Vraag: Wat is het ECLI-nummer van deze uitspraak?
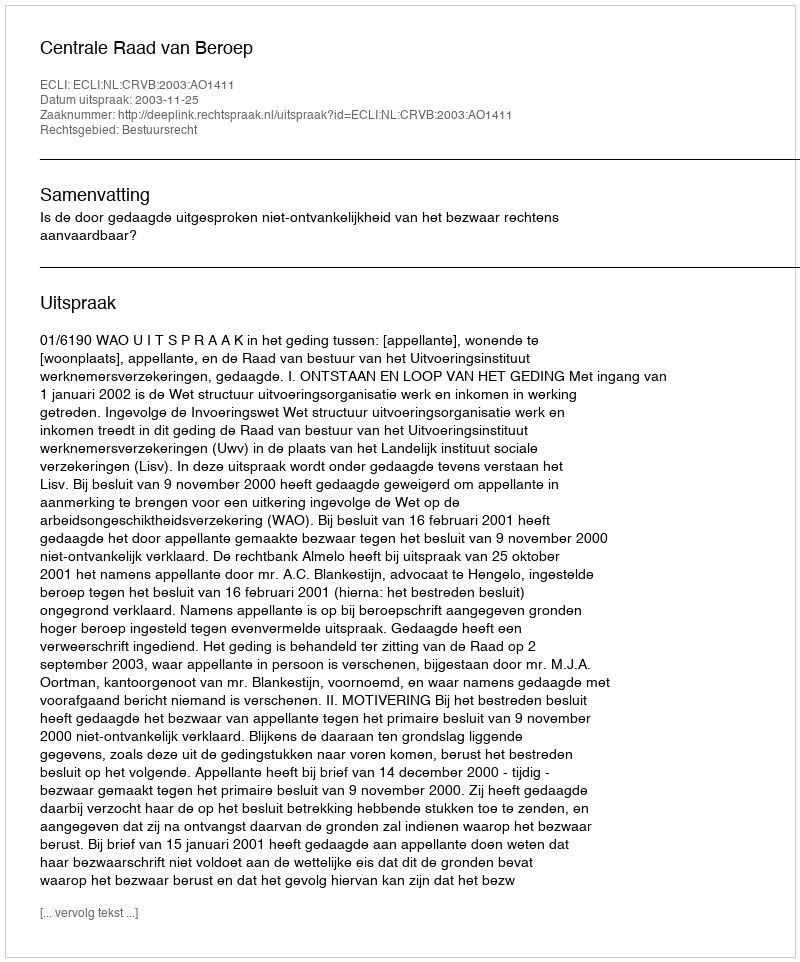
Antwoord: ECLI:NL:CRVB:2003:AO1411